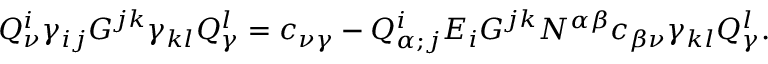
Q _ { \nu } ^ { i } \gamma _ { i j } { \cal G } ^ { j k } \gamma _ { k l } Q _ { \gamma } ^ { l } = c _ { \nu \gamma } - Q _ { \alpha ; j } ^ { i } { \cal E } _ { i } { \cal G } ^ { j k } N ^ { \alpha \beta } c _ { \beta \nu } \gamma _ { k l } Q _ { \gamma } ^ { l } .